Eesti_Toorahva_Kommuun, lk 27
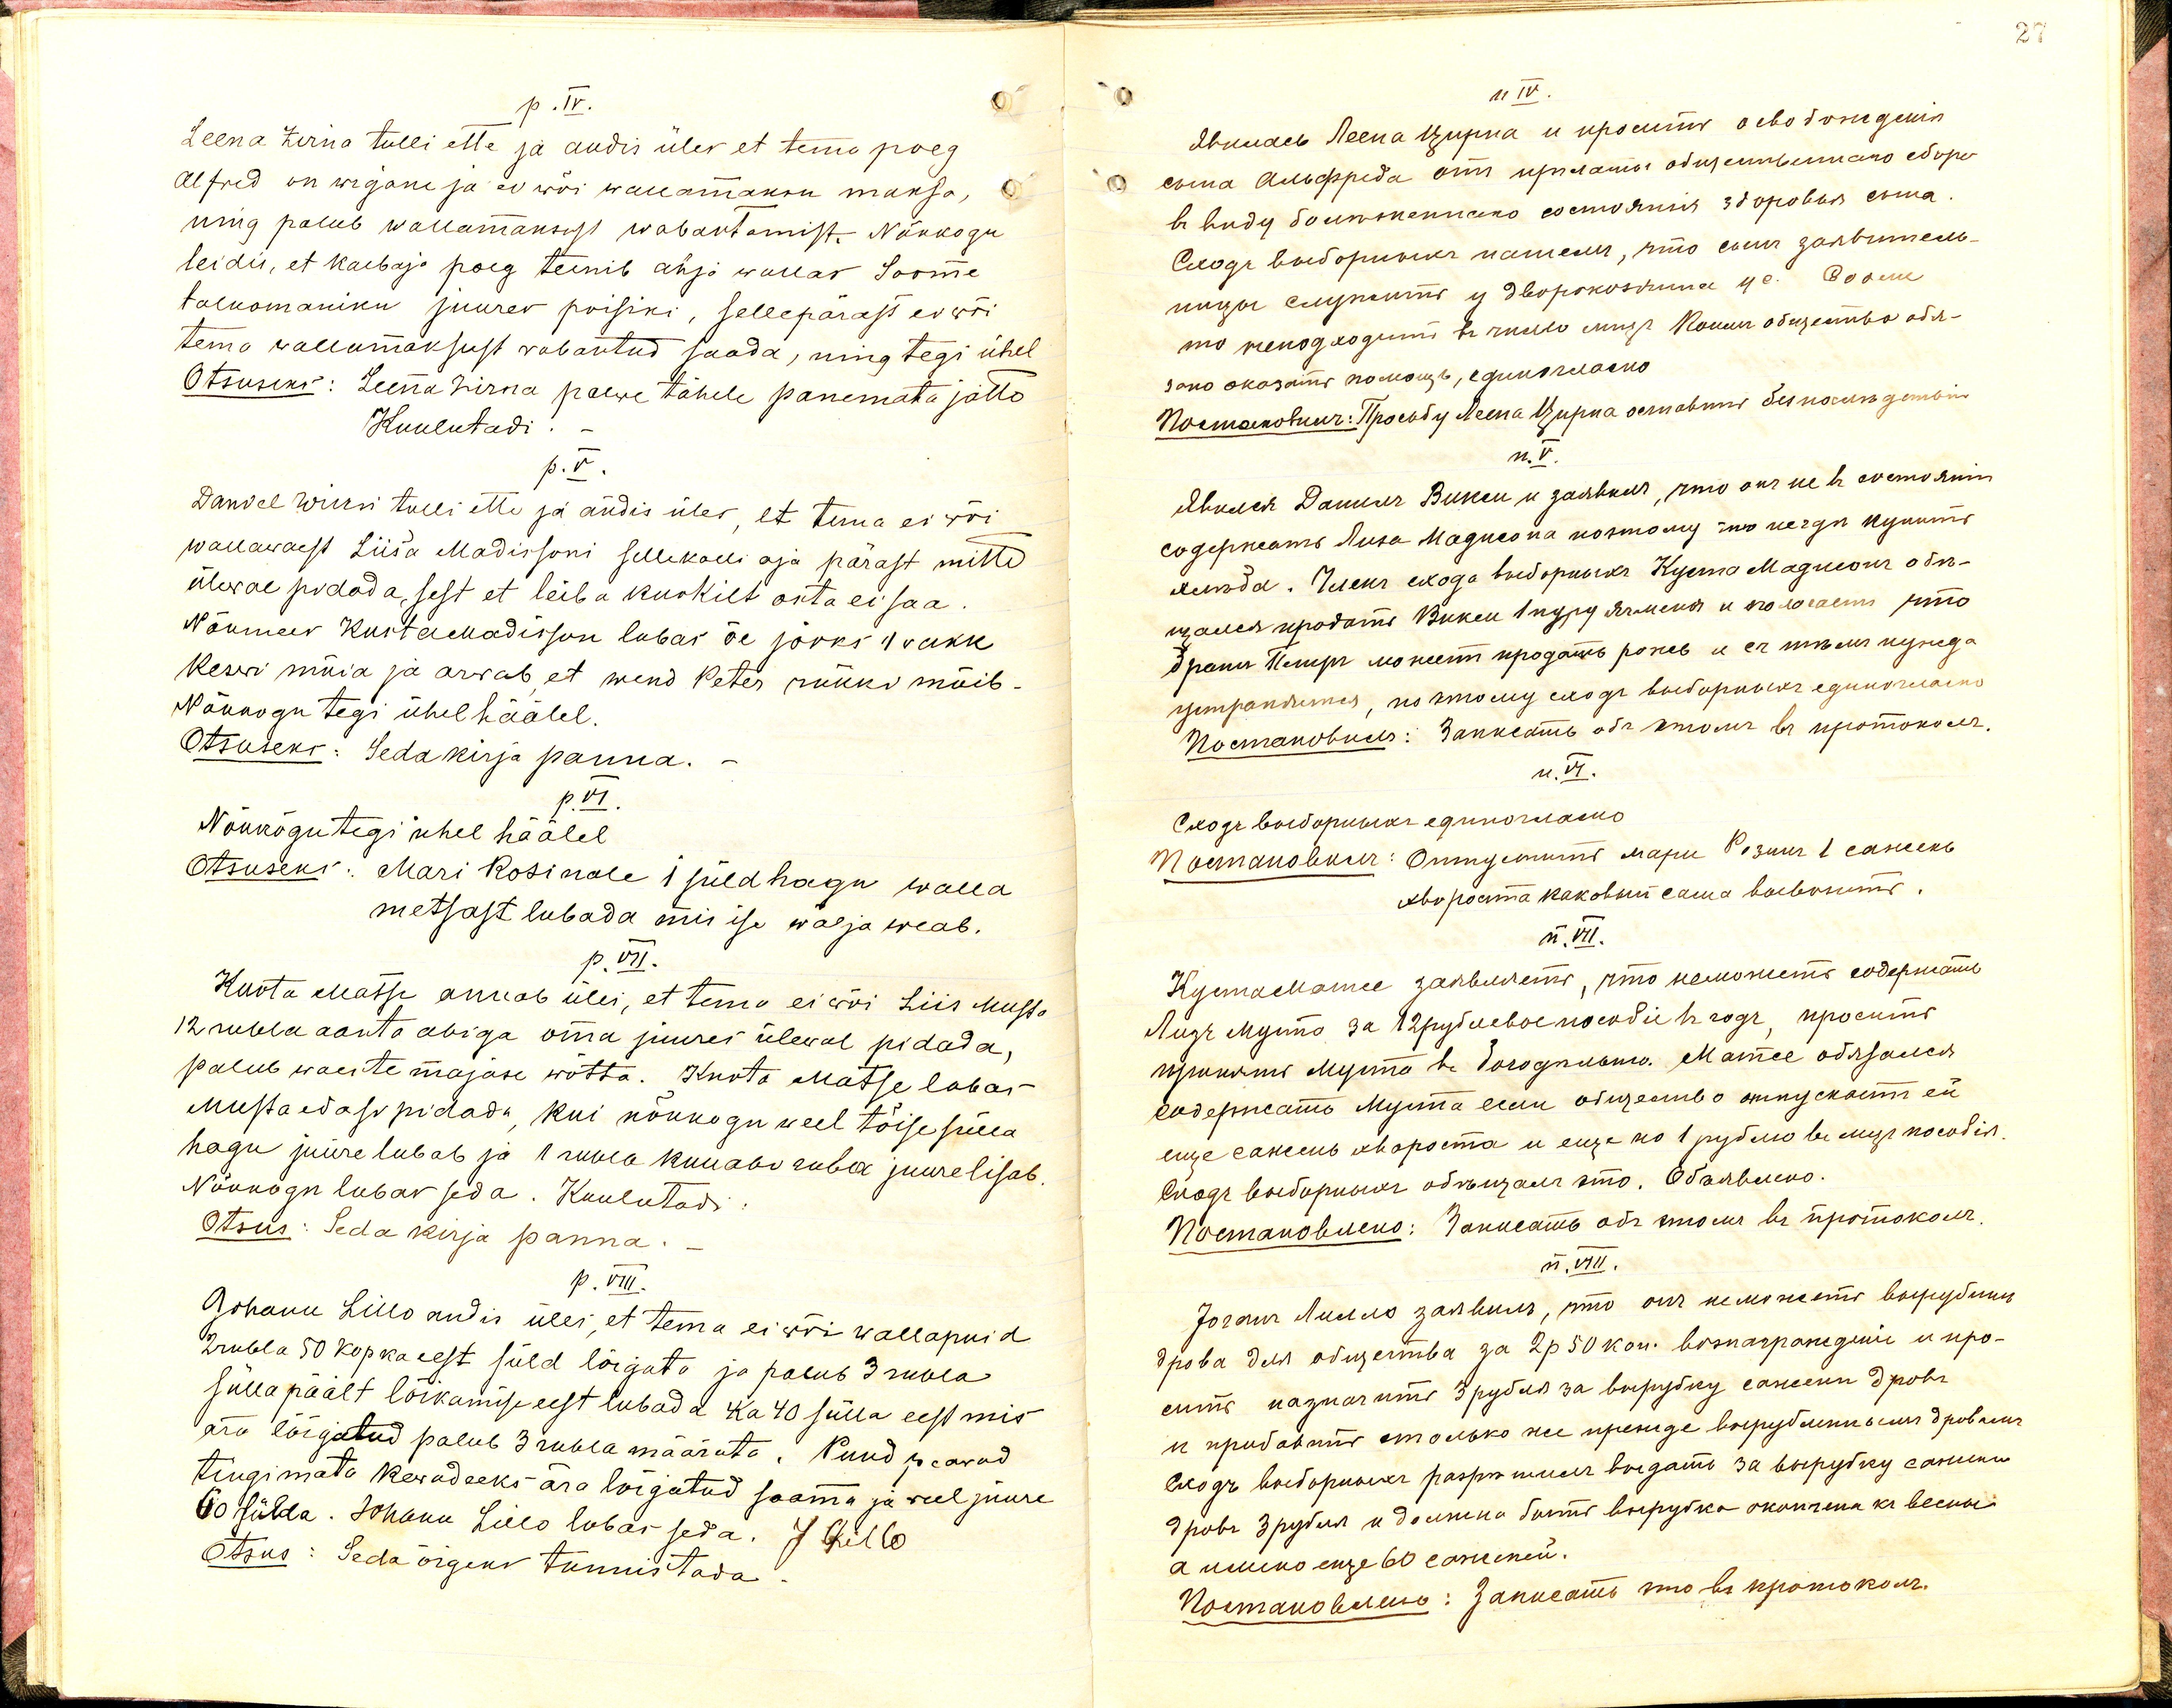
p.IV.
Leena Zirna tulli ette ja andis üles et tema poeg
Alfred on wigane ja ei wõi wallamaksu maksa,
ning palub wallamaksust wabastamist. Nõukogu
leidis, et kaebaja poeg teenib Ahja wallas Soome
taluomaniku juures poisiks, sellepärast ei wõi
tema wallumaksust vabastud saada, ning tegi ühel
Otsuseks: Leena Zirna palwe tähele panemata jätta
Kuulutadi
p.V.
Daniel Wiirsi tulli ette ja andis üles, et tema ei wõi
wallawaest Liisa Madissoni sellekalli aja pärast mitte
ülewal pidada, sest et leiba kuskilt osta ei saa.
Nõumees Kusta Madisson lubas õe jaoks 1 rukk
Keswi müia ja arwab et wend Peter rukki müib.
Nõukogu tegi ühel häälel.
Otsuseks: Seda kirja panna.
p.VI.
Nõukogu tegi ühel häälel
Otsuseks: Mari Rosinale 1 süld hagu walla
metsast lubada mis ise wälja weab.
p.VII.
Kusta Matsi annab üles, et tema ei wõi Liis Musta
12 rubla aasta abiga oma juures ülewal pidada,
palub waeste majase wõtta. Kusta Matse lubas-
Musta edasi pidada, kui nõukogu weel tõise süld
hagu juure lubab ja 1 rubla kuu abi rubla juure lisab
Nõunõgu lubas seda. Kuulutadi
Otsus: Seda kirja panna.
p.VIII.
Johann Lillo andis üles, et tema ei wõi wallapuid
2 rubla 50 kopka eest süld lõigata ja palub 3 rubla
sülla päält lõikamise eest lubada ka 40 sülla eest mis
ära lõigatud palub 3 rubla määrata. Puud peawad
tingimata kewadeeks - ära lõigatud saama ja weel juure
60 sülda. Johann Lillo lubas seda. J Lillo
Otsus: Seda õigeks tunnistada.